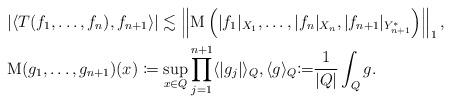
LaTeX: \begin{align*}&|\langle T(f_1, \ldots, f_n ), f_{n+1}\rangle | \lesssim \left\|\mathrm{M}\left(|f_1|_{X_1} ,\ldots,|f_n|_{X_n}, |f_{n+1}|_{Y_{n+1}^*}\right)\right\|_{1},\\ &\mathrm{M}(g_1,\ldots, g_{n+1})(x) \coloneqq \sup_{x\in Q } \prod_{j=1}^{n+1}\langle |g_j| \rangle_Q, \langle g \rangle_Q {\coloneqq} \frac{1}{|Q|} \int_Q g.\end{align*}